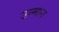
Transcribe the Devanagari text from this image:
उन्मान